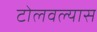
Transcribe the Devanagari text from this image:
टोलवल्यास